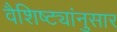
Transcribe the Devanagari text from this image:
वैशिष्ट्यांनुसार